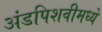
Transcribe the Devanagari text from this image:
अंडपिशवीमध्ये